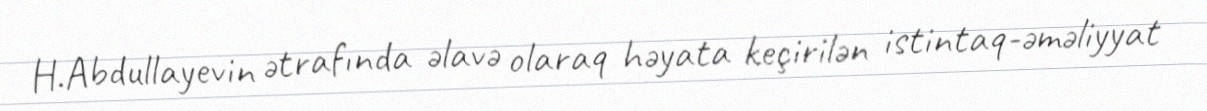
H.Abdullayevin ətrafında əlavə olaraq həyata keçirilən istintaq-əməliyyat